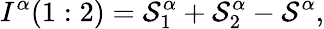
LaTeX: I^{\alpha}(1:2)=\mathcal{S}_{1}^{\alpha}+\mathcal{S}_{2}^{\alpha}-\mathcal{S}^{\alpha},